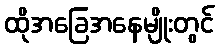
ထိုအခြေအနေမျိုးတွင်